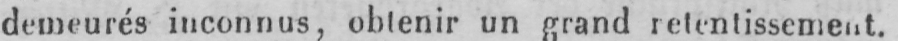
demeurés inconnus, obtenir un grand retentissement.